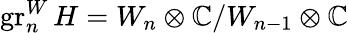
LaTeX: \operatorname{gr}_{n}^{W}H=W_{n}\otimes\mathbb{C}/W_{n-1}\otimes\mathbb{C}